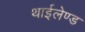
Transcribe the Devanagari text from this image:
थाईलेण्ड